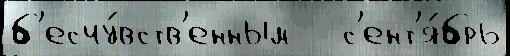
б'есчу́вств'енным   с'ент'я́брь